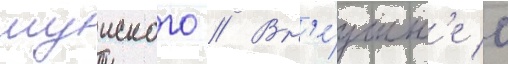
шуиского // Вн'е́шн'е с